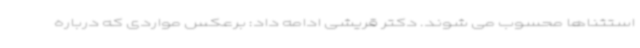
استثناها محسوب می شوند. دکتر قریشی ادامه داد: برعکس مواردی که درباره